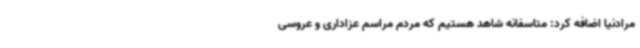
مرادنیا اضافه کرد: متاسفانه شاهد هستیم که مردم مراسم عزاداری و عروسی